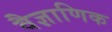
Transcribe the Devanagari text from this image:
वैज्ञाणिक